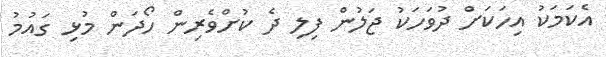
އެކަމަކު އިހަކަށް ދުވަހަކު ޖަލުން ފިލި ދެ ކުށްވެރިން ހޯދަން މުޅި ގައުމު